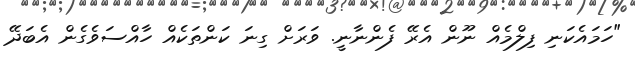
"ހަމައެކަނި ފިލްމެއް ނޫން އެރޭ ފެންނާނީ. ވަރަށް ގިނަ ކަންތަކެއް ހާއްސަވެގެން އެބަދޭ